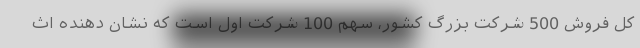
کل فروش 500 شرکت بزرگ کشور، سهم 100 شرکت اول است که نشان دهنده اث